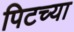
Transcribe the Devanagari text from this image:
पिटच्या